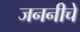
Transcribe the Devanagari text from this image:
जननीचे